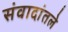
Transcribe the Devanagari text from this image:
संवादांतले